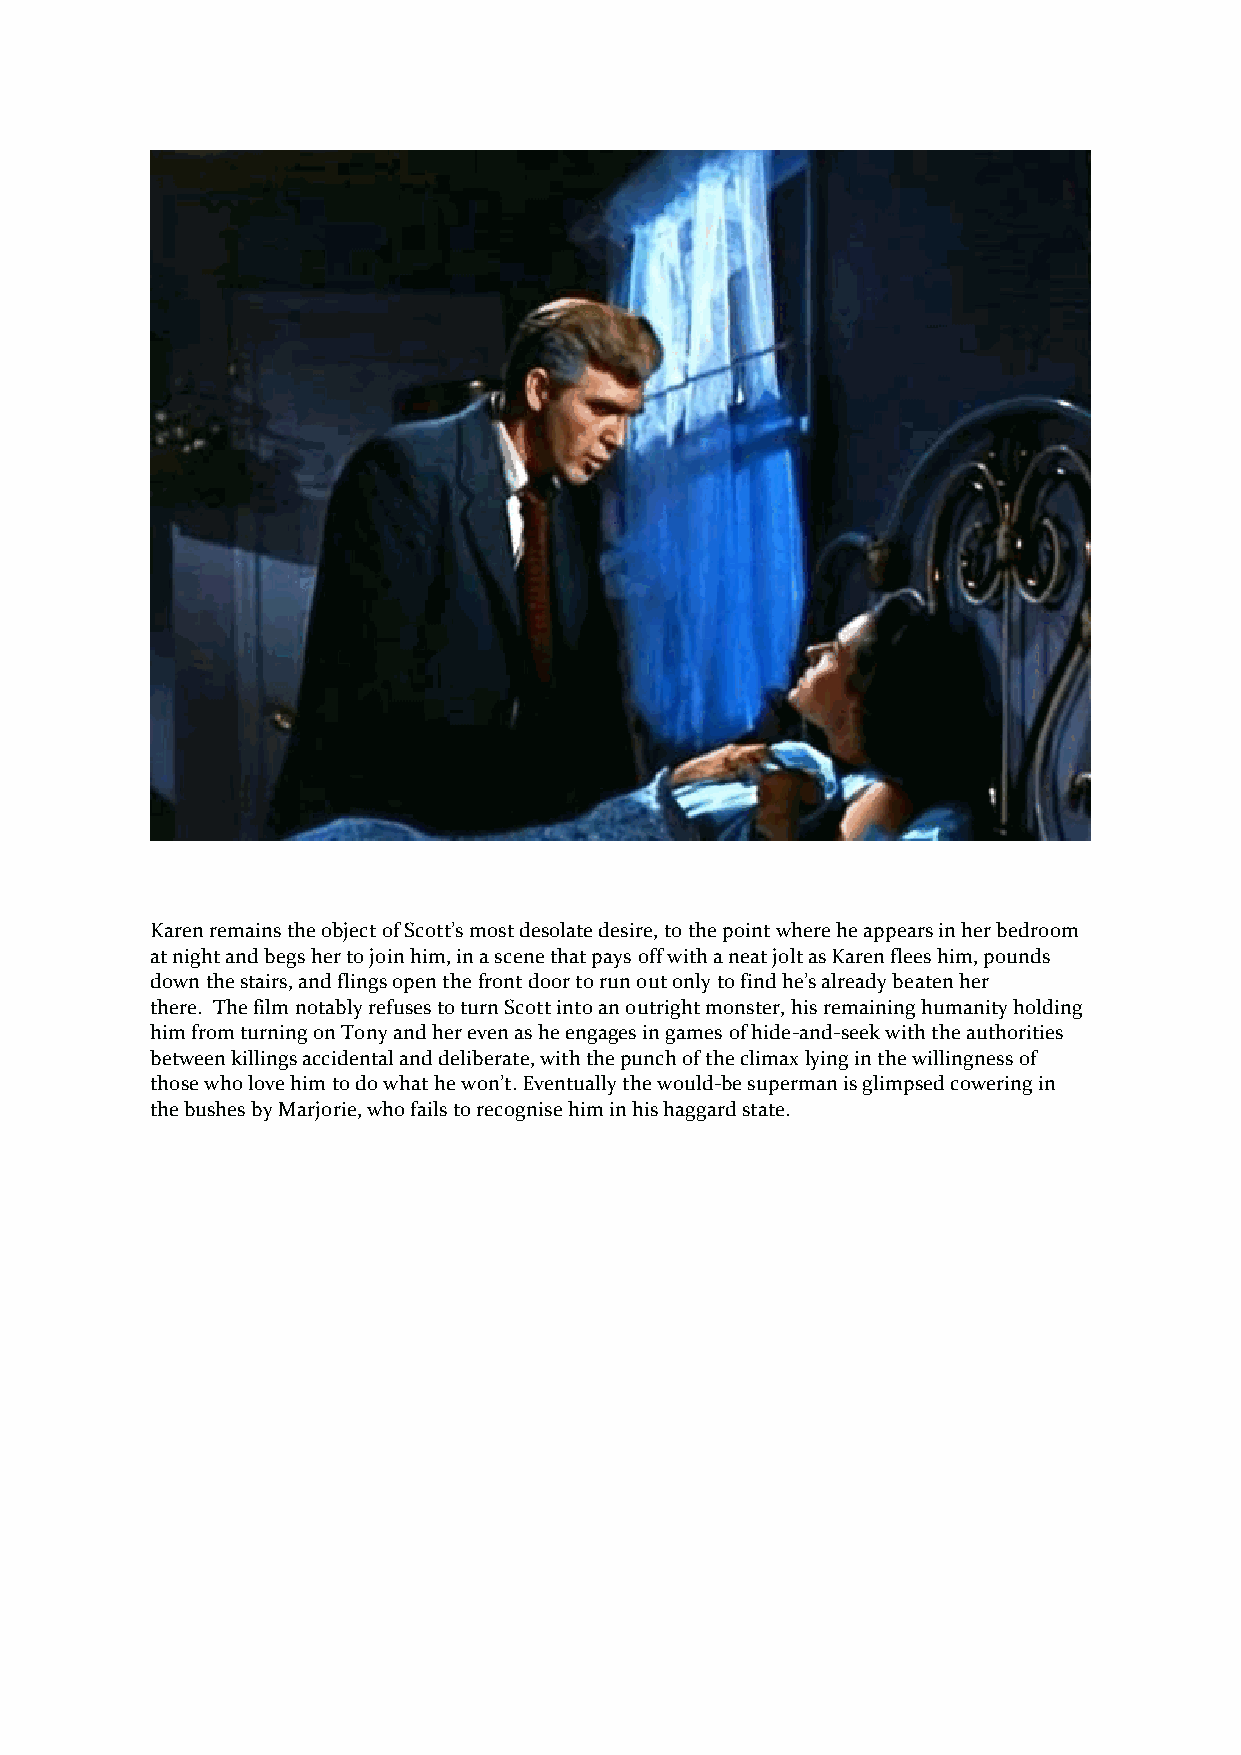
Karen remains the object of Scott’s most desolate desire, to the point where he appears in her bedroom
 at night and begs her to join him, in a scene that pays off with a neat jolt as Karen flees him, pounds
 down the stairs, and flings open the front door to run out only to find he’s already beaten her
 there. The film notably refuses to turn Scott into an outright monster, his remaining humanity holding
 him from turning on Tony and her even as he engages in games of hide-and-seek with the authorities
 between killings accidental and deliberate, with the punch of the climax lying in the willingness of
 those who love him to do what he won’t. Eventually the would-be superman is glimpsed cowering in
 the bushes by Marjorie, who fails to recognise him in his haggard state.